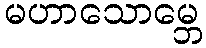
မဟာသောမ္ဘေ